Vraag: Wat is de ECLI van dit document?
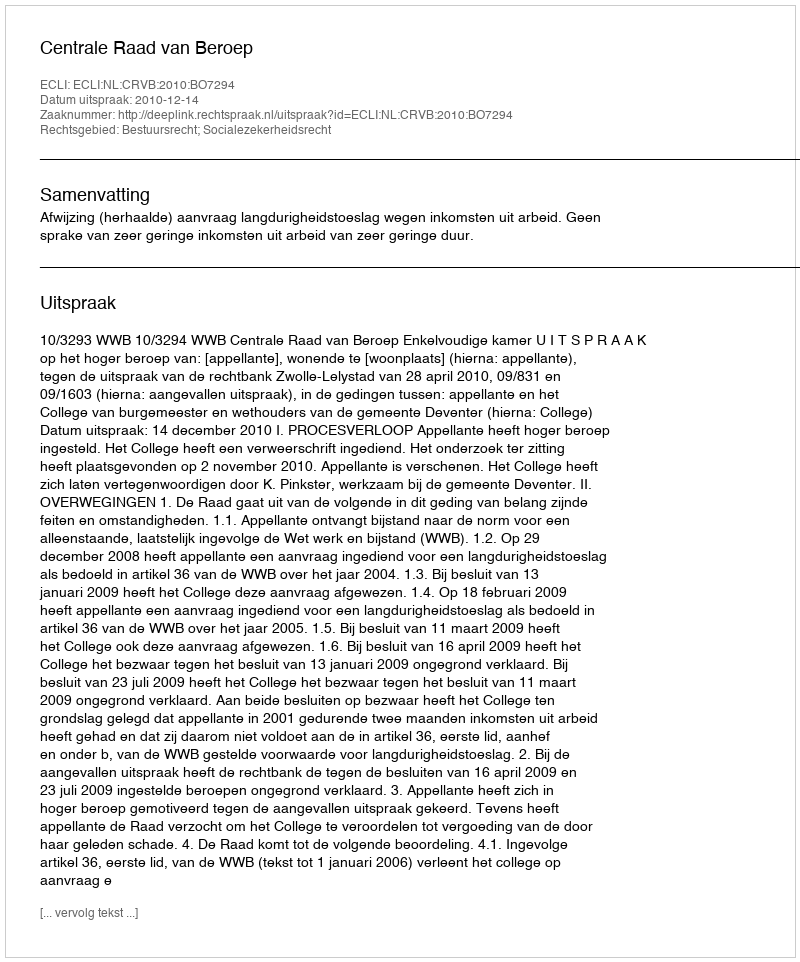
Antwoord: ECLI:NL:CRVB:2010:BO7294